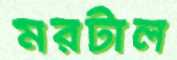
মরটাল